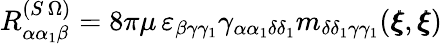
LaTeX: R_{\alpha\alpha_{1}\beta}^{(S\, \Omega)}=8\pi\mu\, \varepsilon_{\beta\gamma\gamma_{1}}\gamma_{\alpha\alpha_{1}\delta\delta_{1}}m_{\delta\delta_{1}\gamma\gamma_{1}}({\pmb\xi},{\pmb\xi})